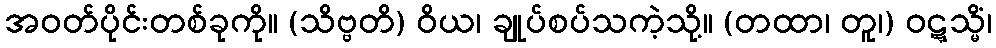
အဝတ်ပိုင်းတစ်ခုကို။ (သိဗ္ဗတိ) ဝိယ၊ ချုပ်စပ်သကဲ့သို့။ (တထာ၊ တူ၊) ဝဋ္ဋသ္မိံ၊